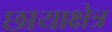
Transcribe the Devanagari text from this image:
छायाक्षेत्र